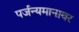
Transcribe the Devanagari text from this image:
पर्जन्यमानावर